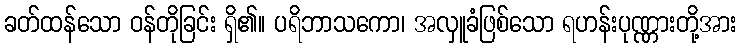
ခတ်ထန်သော ဝန်တိုခြင်း ရှိ၏။ ပရိဘာသကော၊ အလှူခံဖြစ်သော ရဟန်းပုဏ္ဏားတို့အား